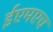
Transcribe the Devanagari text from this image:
ईएमएच